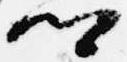
卿